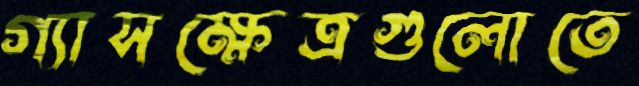
গ্যাসক্ষেত্রগুলোতে